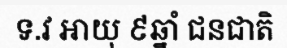
ទ.វ អាយុ ៩ឆ្នាំ ជនជាតិ